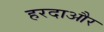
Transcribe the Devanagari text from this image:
हरदाऔर